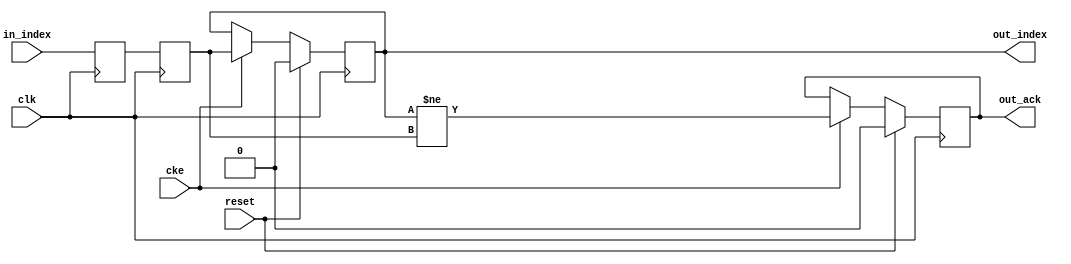
// This program was cloned from: https://github.com/ryuz/jelly
// License: MIT License

// ---------------------------------------------------------------------------
//  Jelly  -- The platform for real-time computing
//
//                                 Copyright (C) 2008-2020 by Ryuz
//                                 https://github.com/ryuz/jelly.git
// ---------------------------------------------------------------------------



`timescale 1ns / 1ps
`default_nettype none


// ()
module jelly_param_update_master
        #(
            parameter   INDEX_WIDTH = 1
        )
        (
            input   wire                        reset,
            input   wire                        clk,
            input   wire                        cke,
            
            input   wire                        in_index,
            
            output  wire                        out_ack,
            output  wire    [INDEX_WIDTH-1:0]   out_index
        );
    
    // parameter latch
    (* ASYNC_REG="true" *)  reg     [INDEX_WIDTH-1:0]   ff0_index, ff1_index;
    always @(posedge clk) begin
        ff0_index <= in_index;
        ff1_index <= ff0_index;
    end
    
    reg     [INDEX_WIDTH-1:0]   reg_index;
    reg                         reg_ack;
    always @(posedge clk) begin
        if ( reset ) begin
            reg_index <= {INDEX_WIDTH{1'b0}};
            reg_ack   <= 1'b0;
        end
        else if ( cke ) begin
            reg_index <= ff1_index;
            reg_ack   <= (reg_index != ff1_index);
        end
    end
    
    assign out_ack    = reg_ack;
    assign out_index  = reg_index;
    
endmodule


`default_nettype wire


// end of file